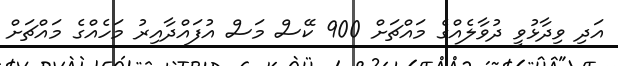
އަދި ވިދާޅުވީ ދުވާލެއްގެ މައްޗަށް 900 ކޭސް މަސް އުފައްދާއިރު މަހެއްގެ މައްޗަށް